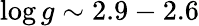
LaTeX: \log g\sim 2.9-2.6